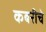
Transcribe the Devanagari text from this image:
कबरीचे